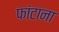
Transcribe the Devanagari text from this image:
फांटाना